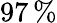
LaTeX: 97\, \%